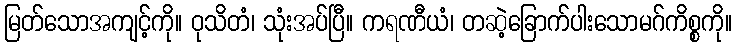
မြတ်သောအကျင့်ကို။ ဝုသိတံ၊ သုံးအပ်ပြီ။ ကရဏီယံ၊ တဆဲ့ခြောက်ပါးသောမဂ်ကိစ္စကို။